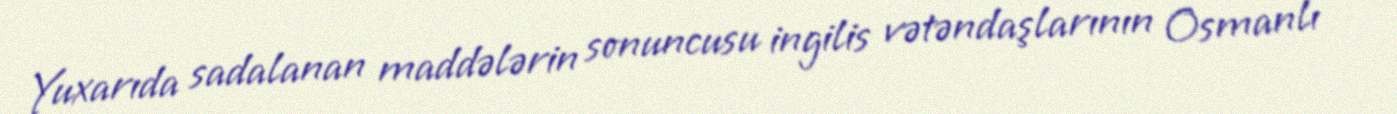
Yuxarıda sadalanan maddələrin sonuncusu ingilis vətəndaşlarının Osmanlı